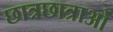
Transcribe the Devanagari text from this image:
छात्रछात्राओं